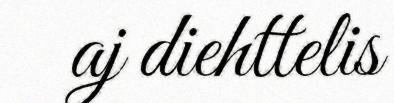
aj diehttelis